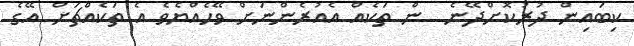
ކިބައިން ދުރުކޮށްދޭނެ  ން ތަކެއް އެއުރެންނަށް ވޭހެއްޔެވެ އެ ތަކެއްޗަށް އޭގެ